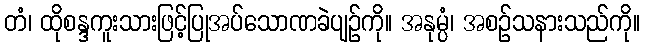
တံ၊ ထိုစန္ဒကူးသားဖြင့်ပြုအပ်သောဏခဲပျဉ်ကို။ အနုမ္ပံ၊ အစဉ်သနားသည်ကို။